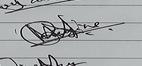
Signature authenticity: genuine